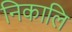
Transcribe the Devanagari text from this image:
निकालि